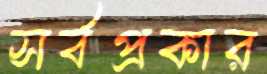
সর্বপ্রকার